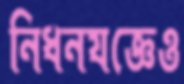
নিধনযজ্ঞেও